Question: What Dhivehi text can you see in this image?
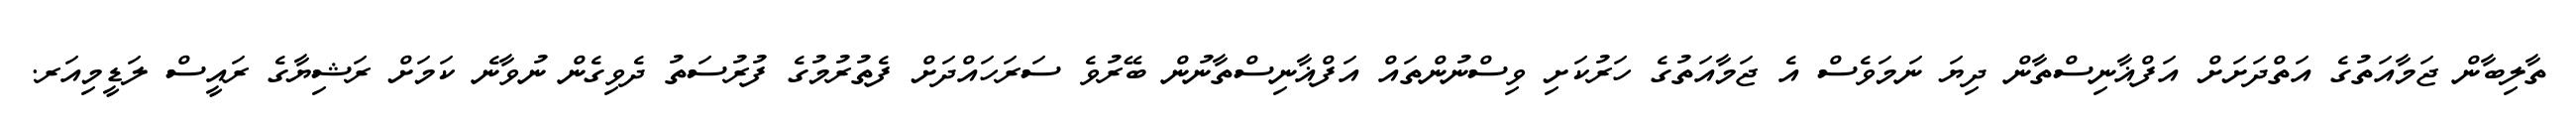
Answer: ތާލިބާން ޖަމާއަތުގެ އަތްދަށަށް އަފްޣާނިސްތާން ދިޔަ ނަމަވެސް އެ ޖަމާއަތުގެ ހަރުކަށި ވިސްނުންތައް އަފްޣާނިސްތާނުން ބޭރުވެ ސަރަހައްދަށް ފެތުރުމުގެ ފުރުސަތު ދެވިގެން ނުވާނެ ކަމަށް ރަޝިޔާގެ ރައީސް ލަޑީމިއަރ.